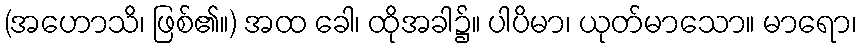
(အဟောသိ၊ ဖြစ်၏။) အထ ခေါ၊ ထိုအခါ၌။ ပါပိမာ၊ ယုတ်မာသော။ မာရော၊